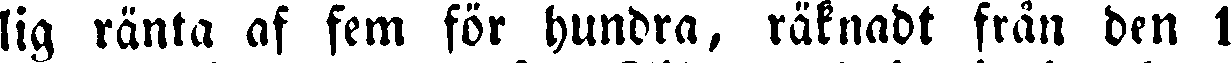
lig ränta af fem för hundra, räknadt från den 1